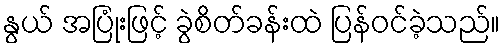
နွယ် အပြုံးဖြင့် ခွဲစိတ်ခန်းထဲ ပြန်ဝင်ခဲ့သည်။